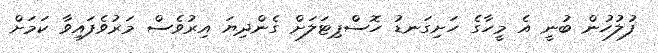
ފުލުހުން ބުނީ އެ މީހާގެ ހަށިގަނޑު ހޮސްޕިޓަލަށް ގެންދިޔަ އިރުވެސް މަރުވެފައިވާ ކަމަށް